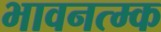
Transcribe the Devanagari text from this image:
भावनत्म्क